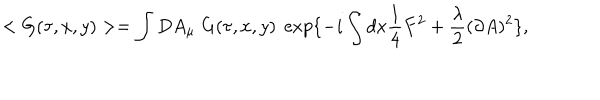
< G ( \tau , x , y ) > = \int D A _ { \mu } \; G ( \tau , x , y ) \; \exp \{ - i \int d x \frac { 1 } { 4 } F ^ { 2 } + \frac { \lambda } { 2 } ( \partial A ) ^ { 2 } \} ,